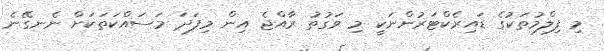
މި ފިލްމުތަކުގެ ޑައިރެކްޓަރުންނަކީ މި ވަގުތު ރާއްޖެ އިން މިފަދަ މަސައްކަތަކަށް ނެނގޭނެ